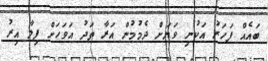
ބައެއް ފަހަރު އަކުނި ވަޔަށް ދެމުމުން އަރާ ތަދު އަވަހަށް ފިލާ އިރު